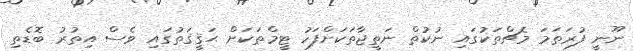
ނޫނީ ފުރަތަމަ މެޗްތަކުގައި ނުކުތް ނަތީޖާތަކަށްފަހު ޓީމްތަކަށް ޙަޤީޤަތުގައި ވެސް އިތުރު ބޮޑެތި